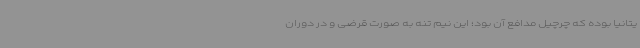
یتانیا بوده که چرچیل مدافع آن بود؛ این نیم تنه به صورت قرضی و در دوران